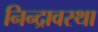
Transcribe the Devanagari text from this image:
निन्द्रावस्था